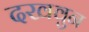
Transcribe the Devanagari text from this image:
दखवुन